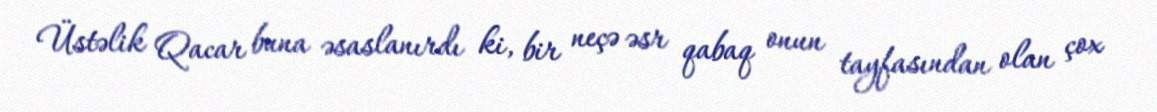
Üstəlik Qacar buna əsaslanırdı ki, bir neçə əsr qabaq onun tayfasından olan çox